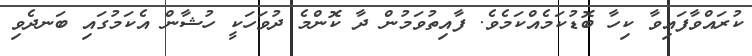
ކުރައްވާފައިވާ ކިހާ ބޮޑުކަމެއްކަމެވެ. ފާއިތުވަމުން ދާ ކޮންމެ ދުވަހަކީ ހުޝާން އެކަމުގައި ބަނދެވި